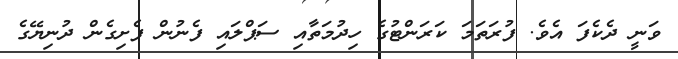
ވަނީ ދެކެފަ އެވެ. ފުރަތަމަ ކަރަންޓުގެ ހިދުމަތާއި ސަޕްލައި ފެނުން ފެށިގެން ދުނިޔޭގެ